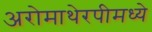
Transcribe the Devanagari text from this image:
अरोमाथेरपीमध्ये